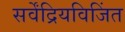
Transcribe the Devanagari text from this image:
सर्वेंद्रियविजिंत